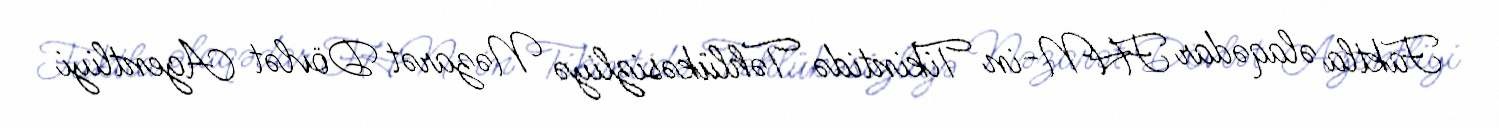
Faktla əlaqədar FHN-in Tikintidə Təhlükəsizliyə Nəzarət Dövlət Agentliyi